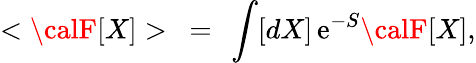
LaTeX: <{\calF}[X]>\ =\ \int[dX]\, \mathrm{e}^{-S}{\calF}[X],